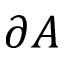
\partial A